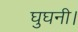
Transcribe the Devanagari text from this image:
घुघनी।